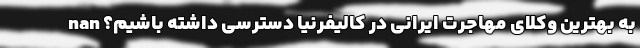
به بهترین وکلای مهاجرت ایرانی در کالیفرنیا دسترسی داشته باشیم؟ nan